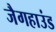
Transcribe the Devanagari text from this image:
जैगहाउंड